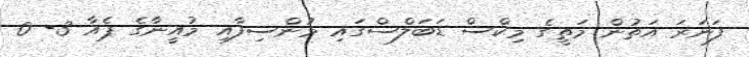
ފަނަރަ އަތުން މަތީގެ މިކްސް ޑަބަލްސްގައި މުންސިފާއި މުއީނާގެ ޕެއާ 3- 0